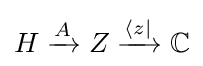
H\xrightarrow {A} Z\xrightarrow {\langle z\mid } \mathbb {C}